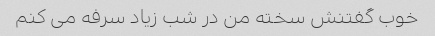
خوب گفتنش سخته من در شب زیاد سرفه می کنم